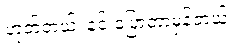
ဟုတ်တယ်၊ နင် ပြောတာမှန်တယ်။